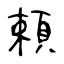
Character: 頼